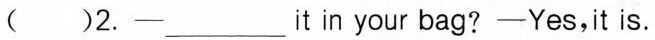
( )2.—____it in your bag? —Yes,it is.